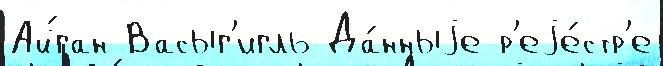
Ай́ган Васыг'игль Да́нныjе р'еjе́стр'е